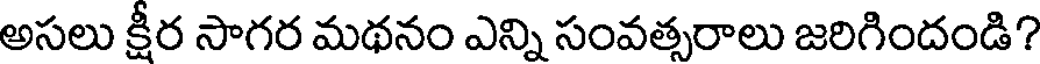
అసలు క్షీర సాగర మథనం ఎన్ని సంవత్సరాలు జరిగిందండి?